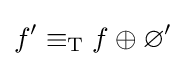
f'\equiv _{\mathrm {T} }f\oplus \varnothing '